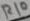
Text: R10